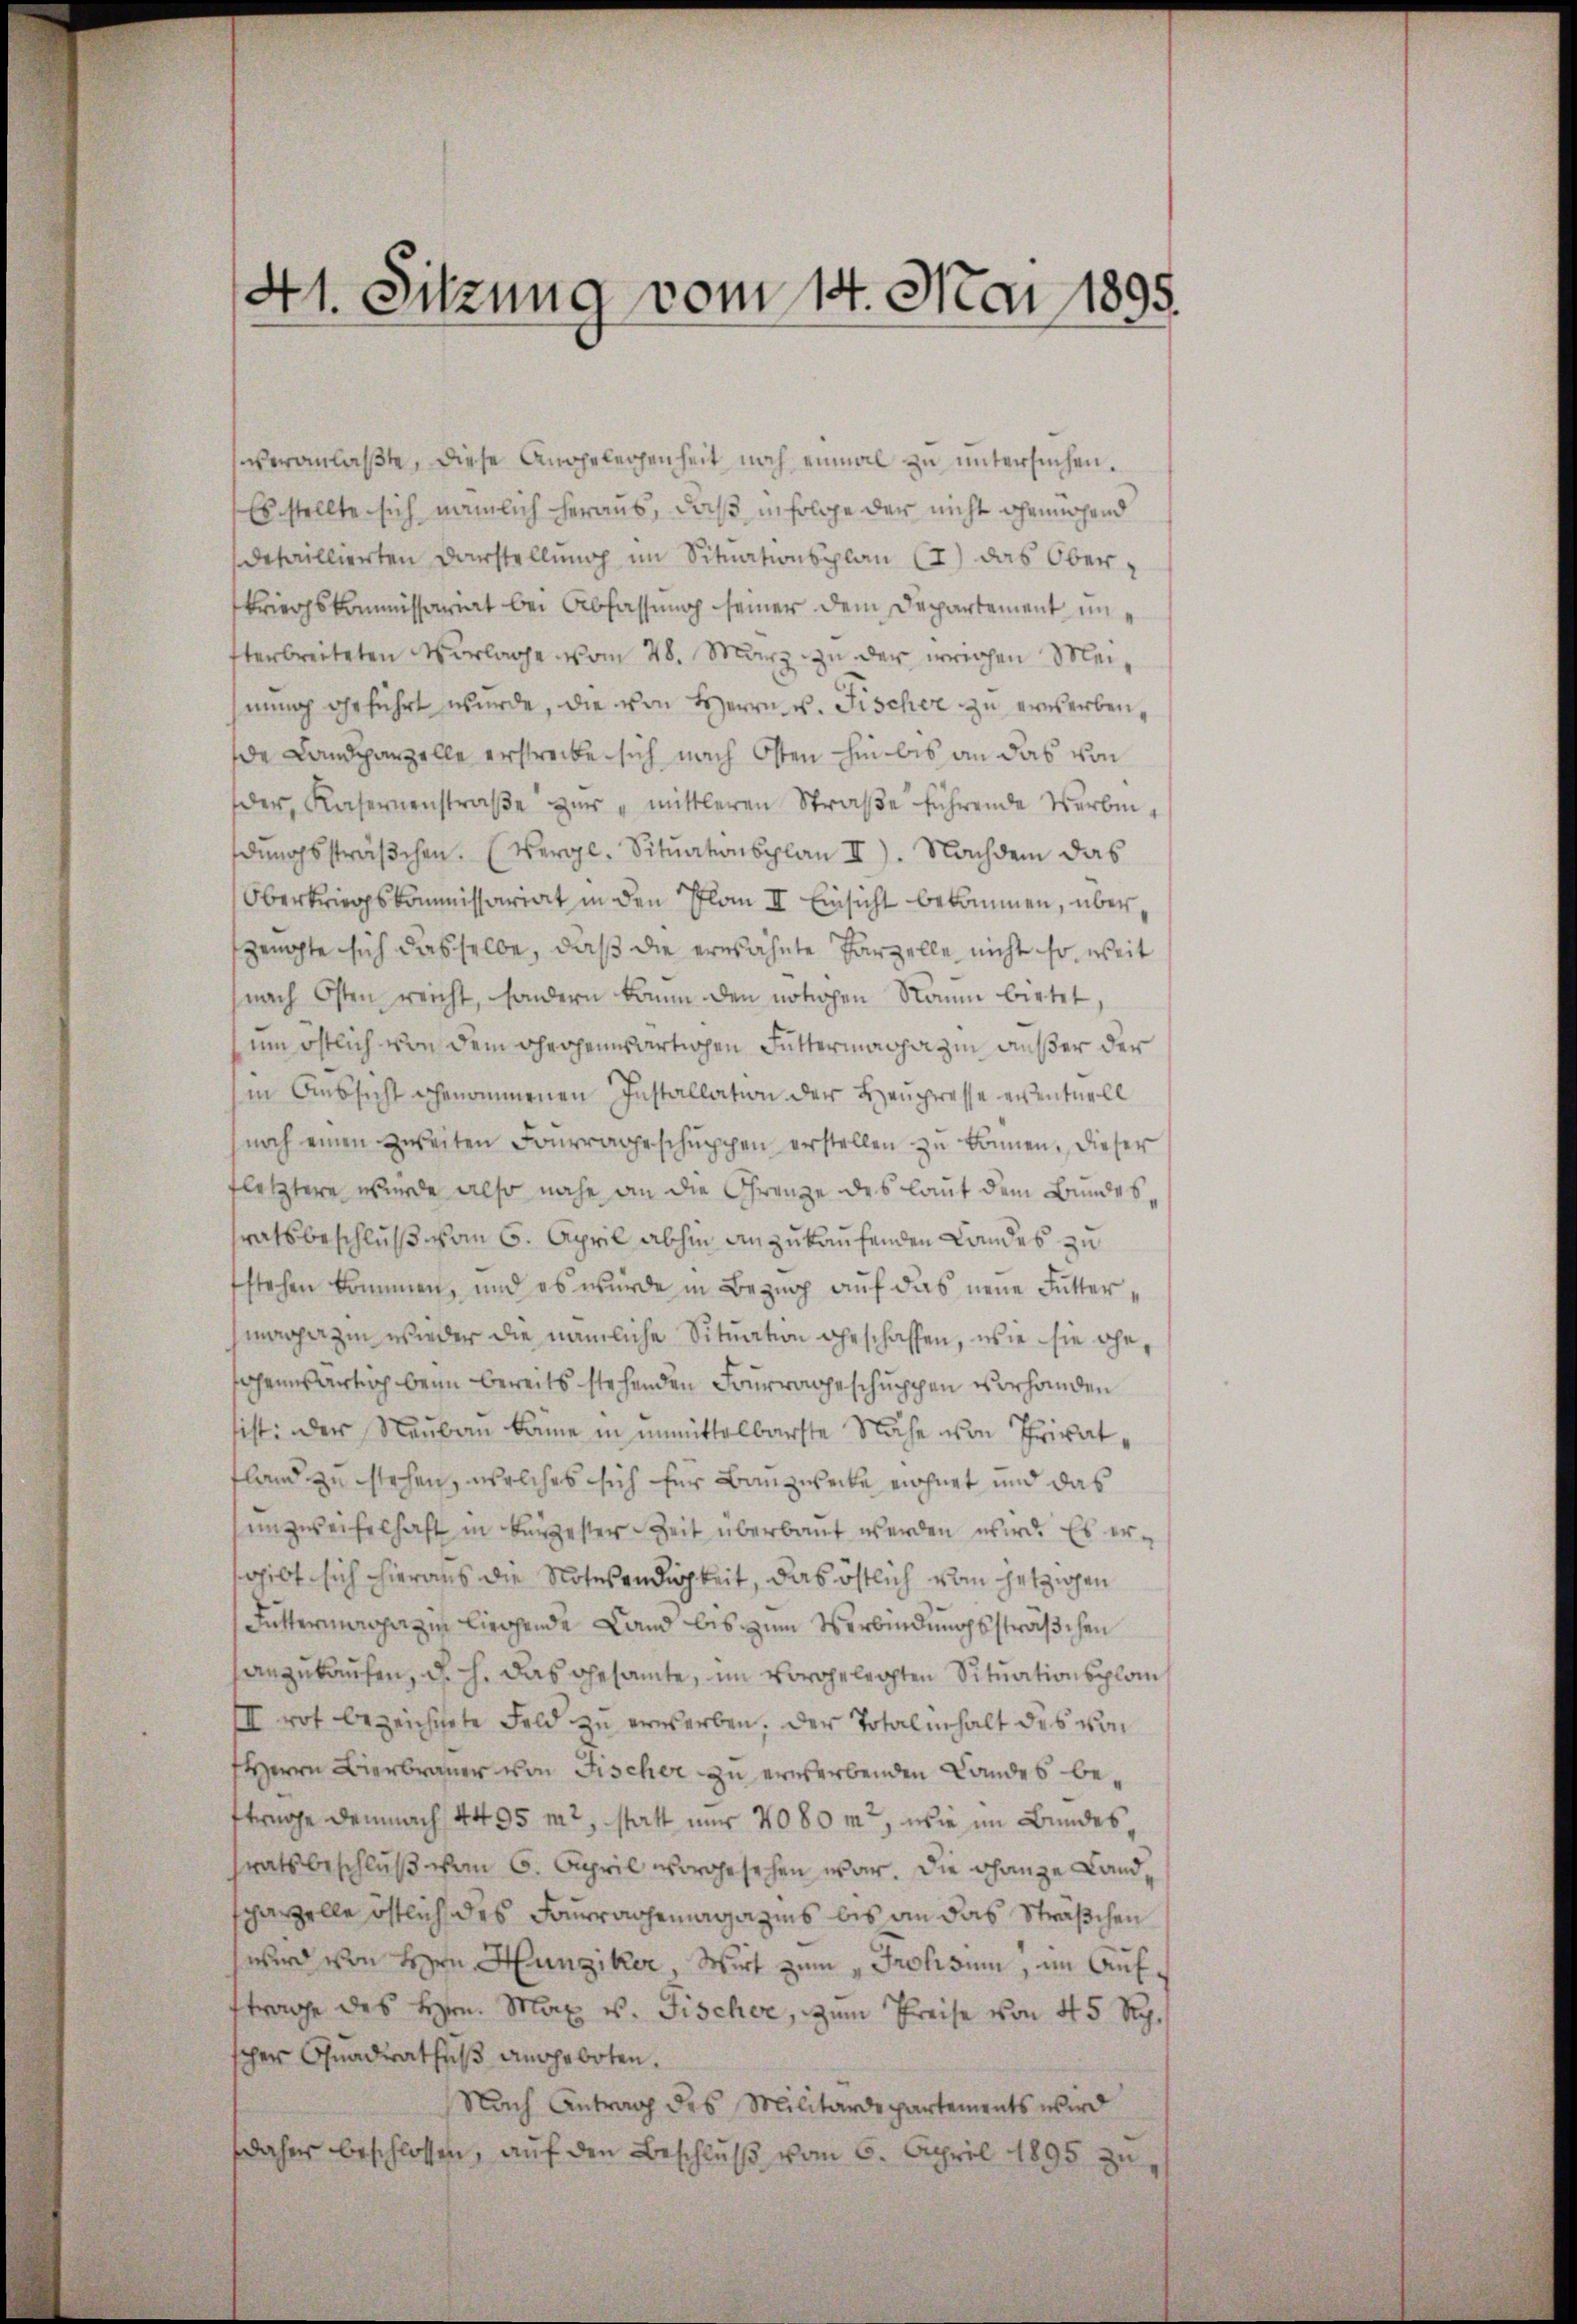
veranlaßte, diese Angelegenheit noch einmal zu untersuchen.
Es stellte sich nämlich heraus, daß infolge der nicht genügend
deuillierten Darstellung im Situationsplan (I) das Oberkriegskommissariat bei Abfassung seiner dem Departement, unfterbreiteten Vorlage vom 28. März zu der errichen Meinung geführt wurde, die von Herrn v. Fischer zu erwerbende Landparzelle erstrecke sich nach Osten hin bis an das von
der, Kasernenstraβe zŭr "mittleren Straβe führende Verbindŭngssträβchen. (Vergl. Situationsplan II). Nachdem das
Oberkriegskommissariat in den Plan II Einsicht bekommen, überzeuchte sich dasselbe, daß die erwähnte Parzelle nicht so, weit
nach Osten reicht, sondern könne den nötigen Raum bietet,
um östlich von dem herheimwärtigen Futtermagazin außer der
in Aussicht genommenen Installation der Haupresse eventuell
noch einen zweiten Fourrageschuppen erstellen zu können. Dieser
fletztere wurde also nahe an die Grenze des laut dem Bundes,
ratsbeschluß vom 6. April abhin anzukaufenden Landes zu
fstehen kommen, und es wurde in Bezug auf das neue Futtermagazin wieder die nämliche Situation geschaffen, wie sie ohn
Chensartich beim bereits stehenden Fourrageschuppen vorhanden
sist: Der Neubau könne in unmittelbarste Nähe von Privatfland zu stehen, welches sich für Bauzwecke eichnet und das
unzweifelhaft in Bergester Zeit überbaut werden wird. Es ergibt sich hieraus die Noterendigkeit, das östlich vom jetzigen
Futtermagazin liegende Land bis zum Verbindungssträßchen
angekaufen, d. h. Das Gesamte, im vorgelegten Situationsplan¬
III rot bezeichnete Feld zu erwerben. Der Totalinhalt des von
Herrn Bierbrauer von Fischer zu erwerbenden Landes beftrage demnach 4495 m2, statt nur 4080 mt, wie im Bundessratsbeschluß vom 6. April vorgesehen war. Die Ganze Landchanzelle östlich des Fouragemagazins bis an das Sträßchen
wird von Hrn Hunziker, Wirt zum „Prokisum, im Aufftrage des Hrn. Max v. Fischer, zum Preise von 45 Rp.
scher Quadrathes angeboten.
Nach Antrag des Militärdepartements wird
daher beschlossen, auf den Beschluß vom 6. April 1895 zu,

41. Sitzung vom 14. Mai 1895.